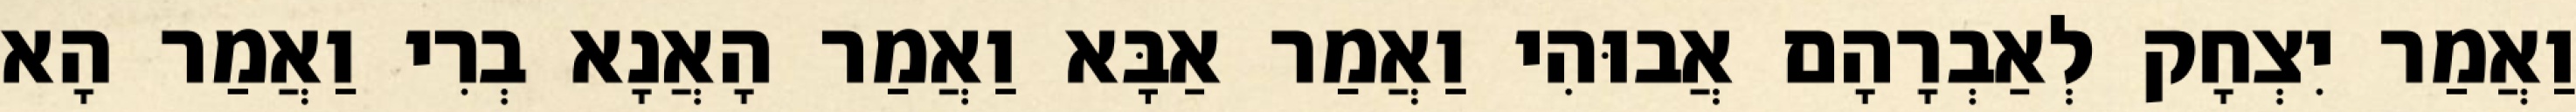
וַאֲמַר יִצְחָק לְאַבְרָהָם אֲבוּהִי וַאֲמַר אַבָּא וַאֲמַר הָאֲנָא בְרִי וַאֲמַר הָא